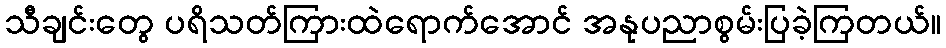
သီချင်းတွေ ပရိသတ်ကြားထဲရောက်အောင် အနုပညာစွမ်းပြခဲ့ကြတယ်။